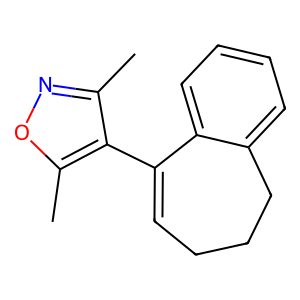
SMILES: Cc1noc(C)c1C1=CCCCc2ccccc21
Inhibits HIV replication: No